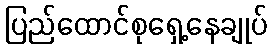
ပြည်ထောင်စုရှေ့နေချုပ်